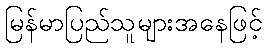
မြန်မာပြည်သူများအနေဖြင့်